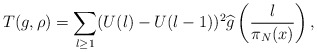
\begin{align*}T(g,\rho) = \sum_{l \geq 1}(U(l) - U(l-1))^2 \widehat{g}\left(\frac{l}{\pi_N(x)}\right),\end{align*}